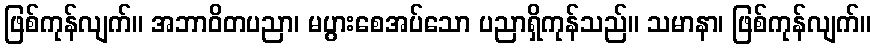
ဖြစ်ကုန်လျက်။ အဘာဝိတပညာ၊ မပွားစေအပ်သော ပညာရှိကုန်သည်။ သမာနာ၊ ဖြစ်ကုန်လျက်။